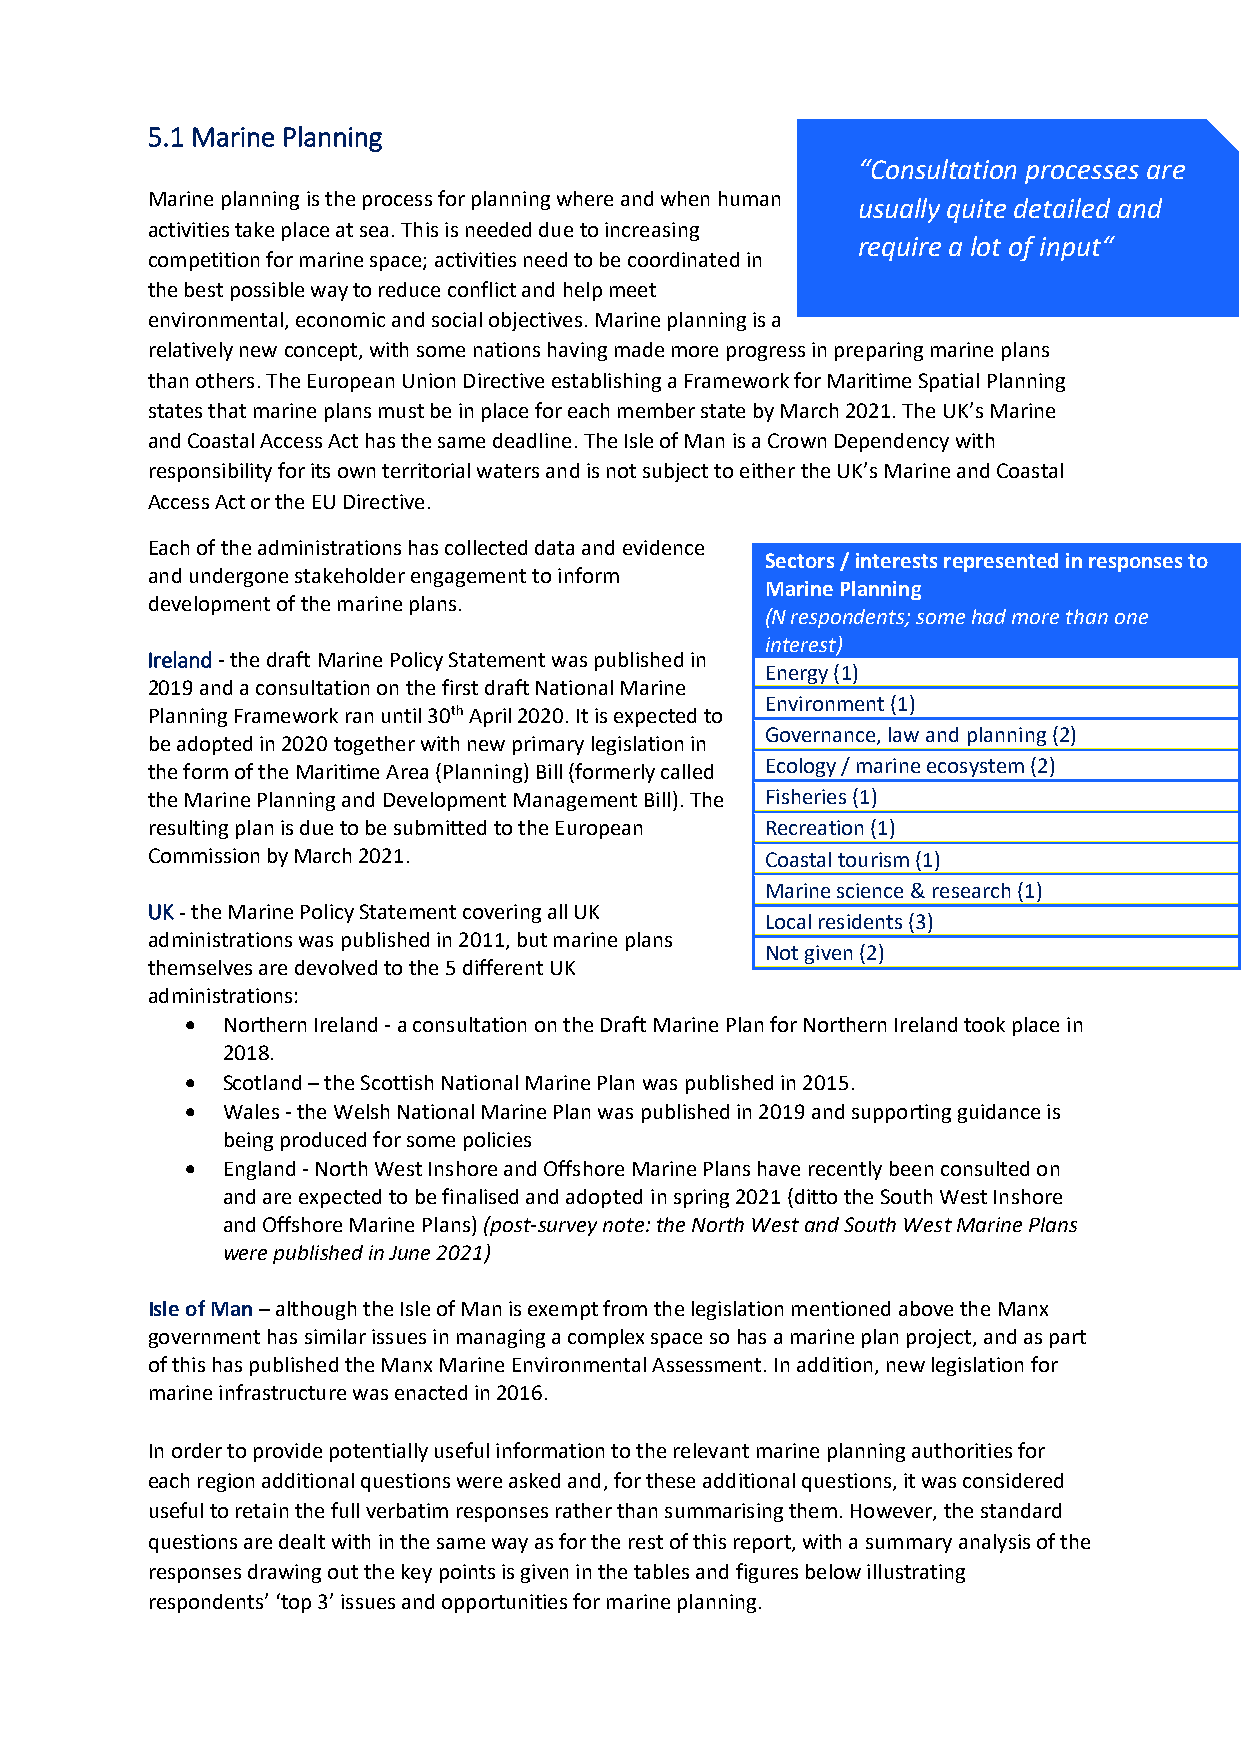
5.1 Marine Planning
 “Consultation processes are
 Marine planning is the process for planning where and when human
 usually quite detailed and
 activities take place at sea. This is needed due to increasing
 require a lot of input“
 competition for marine space; activities need to be coordinated in
 the best possible way to reduce conflict and help meet
 environmental, economic and social objectives. Marine planning is a
 relatively new concept, with some nations having made more progress in preparing marine plans
 than others. The European Union Directive establishing a Framework for Maritime Spatial Planning
 states that marine plans must be in place for each member state by March 2021. The UK’s Marine
 and Coastal Access Act has the same deadline. The Isle of Man is a Crown Dependency with
 responsibility for its own territorial waters and is not subject to either the UK’s Marine and Coastal
 Access Act or the EU Directive.
 Each of the administrations has collected data and evidence
 Sectors / interests represented in responses to
 and undergone stakeholder engagement to inform
 Marine Planning
 development of the marine plans.
 (N respondents; some had more than one
 interest)
 Ireland - the draft Marine Policy Statement was published in
 Energy (1)
 2019 and a consultation on the first draft National Marine
 Environment (1)
 Planning Framework ran until 30th April 2020. It is expected to
 Governance, law and planning (2)
 be adopted in 2020 together with new primary legislation in
 the form of the Maritime Area (Planning) Bill (formerly called Ecology / marine ecosystem (2)
 the Marine Planning and Development Management Bill). The Fisheries (1)
 resulting plan is due to be submitted to the European Recreation (1)
 Commission by March 2021.                Coastal tourism (1)
 Marine science & research (1)
 UK - the Marine Policy Statement covering all UK
 Local residents (3)
 administrations was published in 2011, but marine plans
 Not given (2)
 themselves are devolved to the 5 different UK
 administrations:
 •  Northern Ireland - a consultation on the Draft Marine Plan for Northern Ireland took place in
 2018.
 •  Scotland – the Scottish National Marine Plan was published in 2015.
 •  Wales - the Welsh National Marine Plan was published in 2019 and supporting guidance is
 being produced for some policies
 •  England - North West Inshore and Offshore Marine Plans have recently been consulted on
 and are expected to be finalised and adopted in spring 2021 (ditto the South West Inshore
 and Offshore Marine Plans) (post-survey note: the North West and South West Marine Plans
 were published in June 2021)
 Isle of Man – although the Isle of Man is exempt from the legislation mentioned above the Manx
 government has similar issues in managing a complex space so has a marine plan project, and as part
 of this has published the Manx Marine Environmental Assessment. In addition, new legislation for
 marine infrastructure was enacted in 2016.
 In order to provide potentially useful information to the relevant marine planning authorities for
 each region additional questions were asked and, for these additional questions, it was considered
 useful to retain the full verbatim responses rather than summarising them. However, the standard
 questions are dealt with in the same way as for the rest of this report, with a summary analysis of the
 responses drawing out the key points is given in the tables and figures below illustrating
 respondents’ ‘top 3’ issues and opportunities for marine planning.